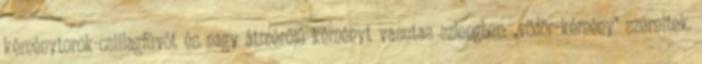
kéménytorok-csillagfúvót és nagy átmérőjű kéményt vasutas szlengben: „vödör-kémény” szereltek.